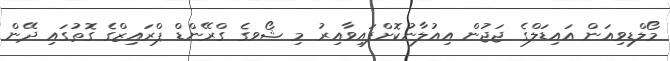
މޯލްޑިވިއަން އައިޑަލްގެ ޖަޖުން އިއުލާނުކޮށްފައިވާއިރު މި ޝޯވގެ ގްރޭންޑް ޕްރައިޒްގެ ގޮތުގައި ދޭން